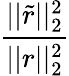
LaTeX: \frac{||\widetilde{r}||_{2}^{2}}{||r||_{2}^{2}}